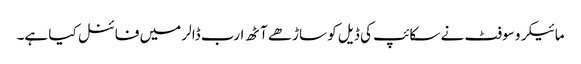
مائیکرو سوفٹ نے سکائپ کی ڈیل کو ساڑھے آٹھ ارب ڈالر میں فائنل کیا ہے۔